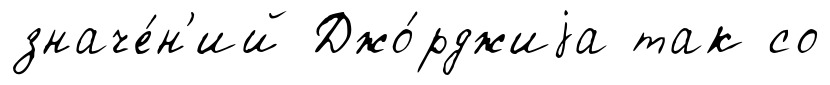
значе́н'ий Джо́рджиjа так со